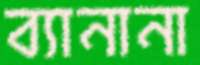
ব্যানানা